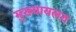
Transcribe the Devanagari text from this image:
मुख्यायलय